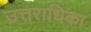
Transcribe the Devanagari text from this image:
उत्तराधिका